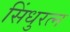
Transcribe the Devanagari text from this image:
सिंधुरत्‍न